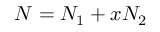
N = N _ { 1 } + x N _ { 2 }